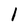
Character: I